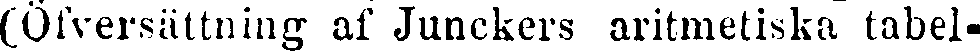
(Öfversättning af Junckers aritmetiska tabel-